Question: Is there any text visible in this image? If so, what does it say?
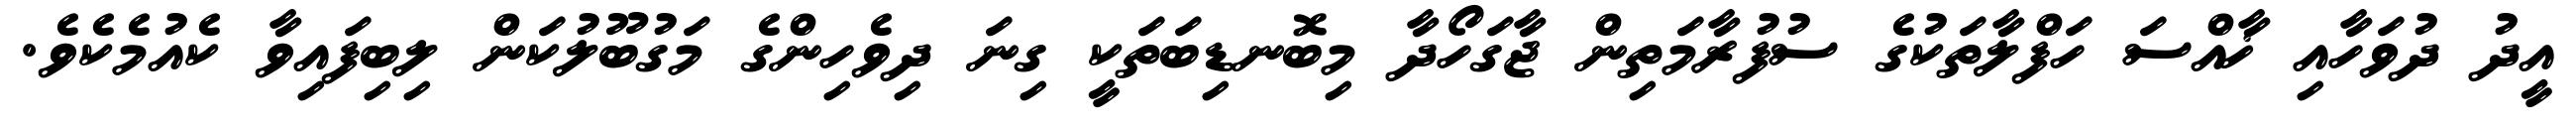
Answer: އީދު ދުވަހާއި ޚާއްސަ ހަފްލާތަކުގެ ސުފުރާމަތިން ޖާގަހޯދާ މިބޮނޑިބަތަކީ ގިނަ ދިވެހިންގެ މަގުބޫލުކަން ލިބިފައިވާ ކެއުމެކެވެ.